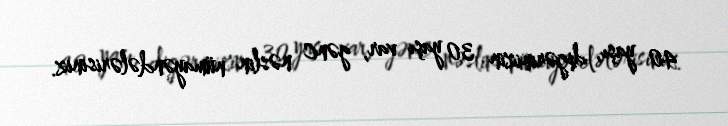
40 yaşı, digərinizin 30 yaşı var, gənc nəslin nümayəndələrisiniz.